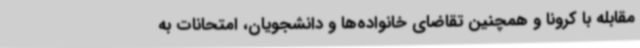
مقابله با کرونا و همچنین تقاضای خانواده‌ها و دانشجویان، امتحانات به